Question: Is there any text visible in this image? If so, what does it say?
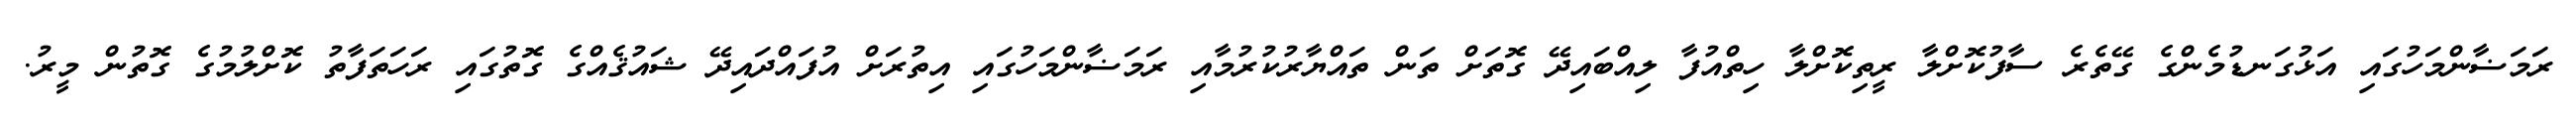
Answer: ރަމަޟާންމަހުގައި އަޅުގަނޑުމެންގެ ގޭތެރެ ސާފުކޮށްލާ ރީތިކޮށްލާ ހިތްއުފާ ލިއްބައިދޭ ގޮތަށް ތަން ތައްޔާރުކުރުމާއި ރަމަޟާންމަހުގައި އިތުރަށް އުފައްދައިދޭ ޝައުޤެއްގެ ގޮތުގައި ރަހަތަފާތު ކޮށްލުމުގެ ގޮތުން މީރު.